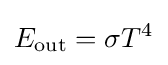
E_{\mathrm {out} }=\sigma T^{4}